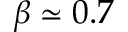
\beta \simeq 0 . 7